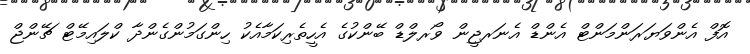
އޮފް އެންވަޔަރަންމަންޓް އެންޑް އެނަރޖީން ވޯރލްޑް ބޭންކުގެ އެހީތެރިކަމާއެކު ހިންގަމުންގެންދާ ކްލައިމޭޓް ޗޭންޖް